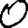
Digit: 0